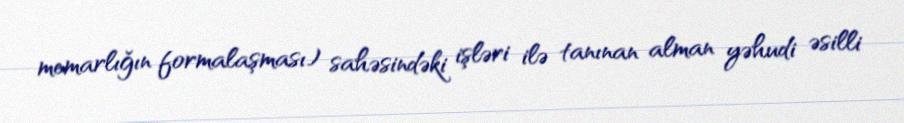
memarlığın formalaşması) sahəsindəki işləri ilə tanınan alman yəhudi əsilli